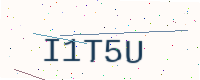
Text: I1T5U